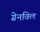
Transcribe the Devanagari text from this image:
ग्रेनविल